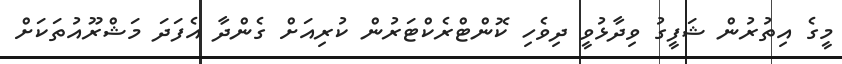
މީގެ އިތުރުން ޝަފީގު ވިދާޅުވީ ދިވެހި ކޮންޓްރެކްޓަރުން ކުރިއަށް ގެންދާ އެފަދަ މަޝްރޫއުތަކަށް